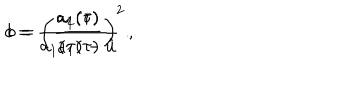
LaTeX: c = \frac { a _ { 1 } ( \tau ) } { a _ { 1 } ( \tau ) - \hat { u } } ~ ~ , \hspace { 1 c m } b = \left( \frac { a _ { 2 } ( \tau ) } { a _ { 1 } ( \tau ) } \right) ^ { 2 } .